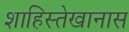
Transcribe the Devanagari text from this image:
शाहिस्तेखानास